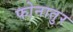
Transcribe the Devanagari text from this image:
फोनातुर